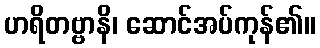
ဟရိတဗ္ဗာနိ၊ ဆောင်အပ်ကုန်၏။